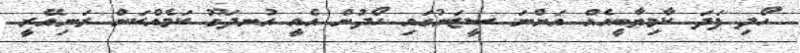
ހޯދި ފަދަ ކާމިޔާބީއެއް އަންނަ ސީޒަނުގައި ހޯދުން އެއީ އުނދަގޫ ކަމެއްކަން ރަނިއޭރީ